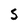
Character: S